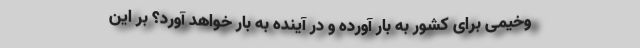
وخیمی برای کشور به بار آورده و در آینده به بار خواهد آورد؟ بر این